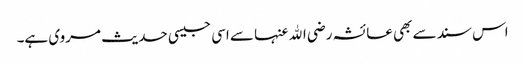
اس سند سے بھی عائشہ رضی الله عنہا سے اسی جیسی حدیث مروی ہے۔